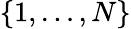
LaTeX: \{ 1,\ldots,N\}